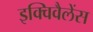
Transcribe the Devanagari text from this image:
इक्विवैलेंस